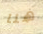
هنا